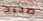
صحيح